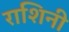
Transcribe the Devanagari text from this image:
राशिनी